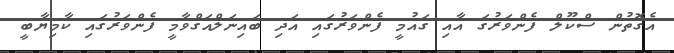
އެގޮތުން ސްކޫލް ފެންވަރުގަ އާއި ގައުމީ ފެންވަރުގައި އަދި ބައިނަލްއަގްވާމީ ފެންވަރުގައި ކާމިޔާބީ